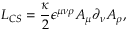
{ \cal L } _ { C S } = \frac { \kappa } { 2 } \epsilon ^ { \mu \nu \rho } A _ { \mu } \partial _ { \nu } A _ { \rho } ,